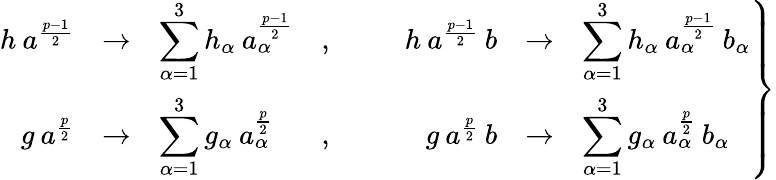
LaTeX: \left.\begin{array}{rclcrcl}{{h\: a^{\frac{p-1}{2}}}}&{{\rightarrow}}&{{\displaystyle\sum_{\alpha=1}^{3}h_{\alpha}\: a_{\alpha}^{\frac{p-1}{2}}}}&{{,\; \; \; \; \; \; }}&{{h\: a^{\frac{p-1}{2}}\: b}}&{{\rightarrow}}&{{\displaystyle\sum_{\alpha=1}^{3}h_{\alpha}\: a_{\alpha}^{\frac{p-1}{2}}\: b_{\alpha}}}\\ {{g\: a^{\frac{p}{2}}}}&{{\rightarrow}}&{{\displaystyle\sum_{\alpha=1}^{3}g_{\alpha}\: a_{\alpha}^{\frac{p}{2}}}}&{{,\; \; \; \; \; \; }}&{{g\: a^{\frac{p}{2}}\: b}}&{{\rightarrow}}&{{\displaystyle\sum_{\alpha=1}^{3}g_{\alpha}\: a_{\alpha}^{\frac{p}{2}}\: b_{\alpha}}}\end{array}\right\}